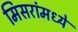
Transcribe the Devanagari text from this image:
मिसरांमध्ये